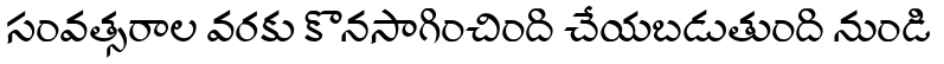
సంవత్సరాల వరకు కొనసాగించింది చేయబడుతుంది నుండి